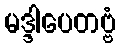
မဒ္ဒါပေတဗ္ဗံ